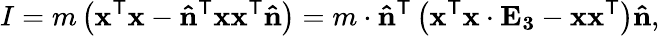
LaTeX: I=m\left(\mathbf{x}^{\textsf{T}}\mathbf{x}-\mathbf{\hat{n}}^{\textsf{T}}\mathbf{x}\mathbf{x}^{\textsf{T}}\mathbf{\hat{n}}\right)=m\cdot\mathbf{\hat{n}}^{\textsf{T}}\left(\mathbf{x}^{\textsf{T}}\mathbf{x}\cdot\mathbf{E_{3}}-\mathbf{x}\mathbf{x}^{\textsf{T}}\right)\mathbf{\hat{n}},